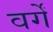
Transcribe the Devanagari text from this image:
वर्गें